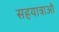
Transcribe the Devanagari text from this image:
सहयात्राओं